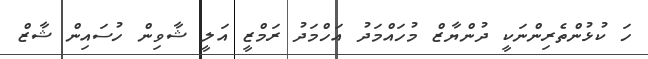
ހަ ކުޅުންތެރިންނަކީ ދުންޔާޒް މުހައްމަދު އަހްމަދު ރަމްޒީ އަލީ ޝާވިން ހުސައިން ޝާޒް